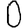
Digit: 0